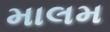
માલમ